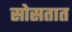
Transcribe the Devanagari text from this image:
सोसतात